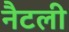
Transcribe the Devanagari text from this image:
नैटली